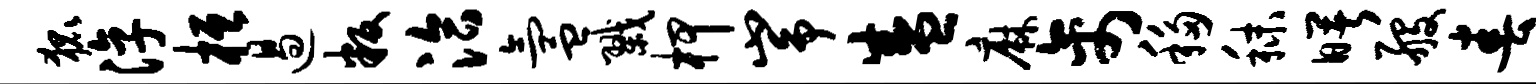
狐淳桓遏叛洽氲戮柙峥盛麻禽移秣曙般春